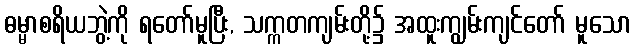
ဓမ္မာစရိယဘွဲ့ကို ရတော်မူပြီး, သက္ကတကျမ်းတို့၌ အထူးကျွမ်းကျင်တော် မူသော